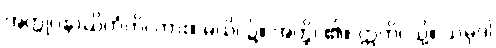
အတ္တုပနာယိတံတိ၊ ကား။ မယိ၊ ၌။ အတ္ထိ၊ ၏။ ဣတိ၊ သို့။ သမုဒါ